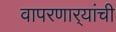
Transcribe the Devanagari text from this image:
वापरणार्‍यांची